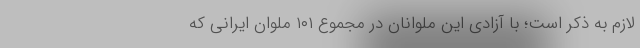
لازم به ذکر است؛ با آزادی این ملوانان در مجموع ۱۰۱ ملوان ایرانی که